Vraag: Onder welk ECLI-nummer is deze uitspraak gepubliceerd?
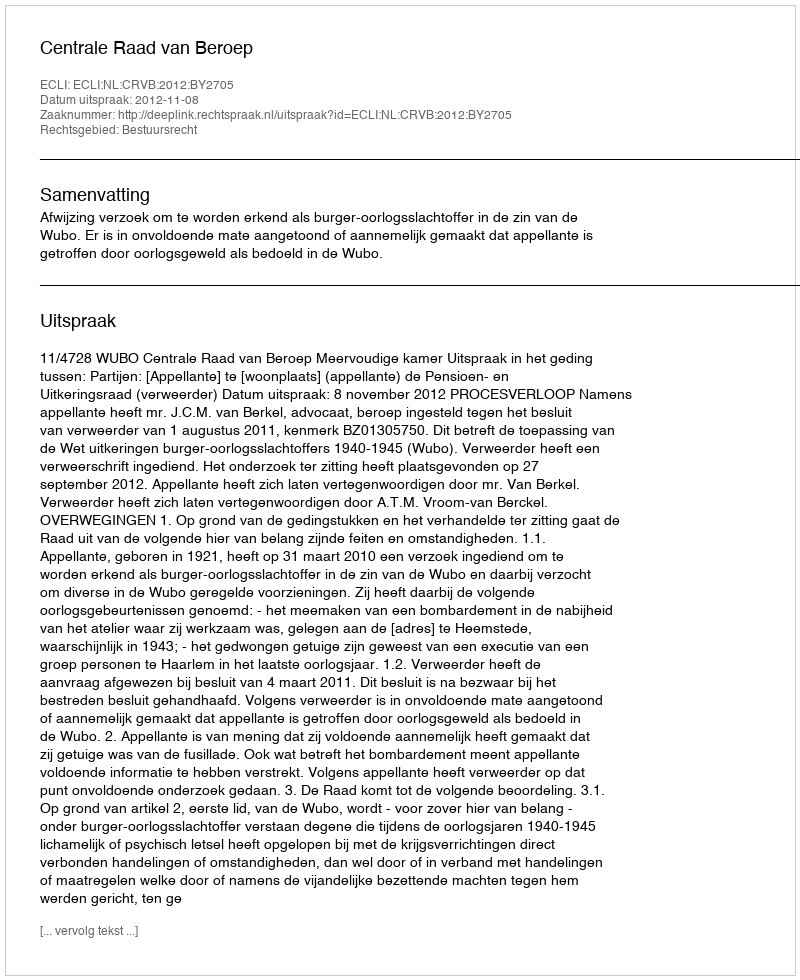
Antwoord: ECLI:NL:CRVB:2012:BY2705